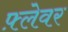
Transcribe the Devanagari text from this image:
फ़्लेवर